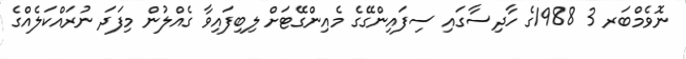
ނޮވެމްބަރ 3 1988ގެ ހާދިސާގައި ސިފައިންގޭގެ މެއިންގޭޓަށް ލިބިފައިވާ ގެއްލުން މިފަދަ ނުރައްކަލެއްގެ